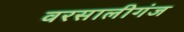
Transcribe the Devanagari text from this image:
वरसालीगंज